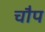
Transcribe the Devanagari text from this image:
चौप